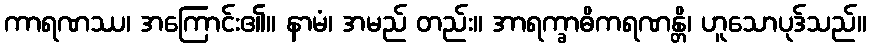
ကာရဏဿ၊ အကြောင်း၏။ နာမံ၊ အမည် တည်း။ အာရက္ခာဓိကရဏန္တိ၊ ဟူသောပုဒ်သည်။